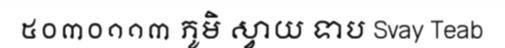
៥០៣០១១៣ ភូមិ ស្វាយ ទាប Svay Teab